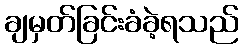
ချမှတ်ခြင်းခံခဲ့ရသည်